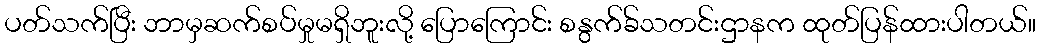
ပတ်သက်ပြီး ဘာမှဆက်စပ်မှုမရှိဘူးလို့ ပြောကြောင်း စနွက်ခ်သတင်းဌာနက ထုတ်ပြန်ထားပါတယ်။